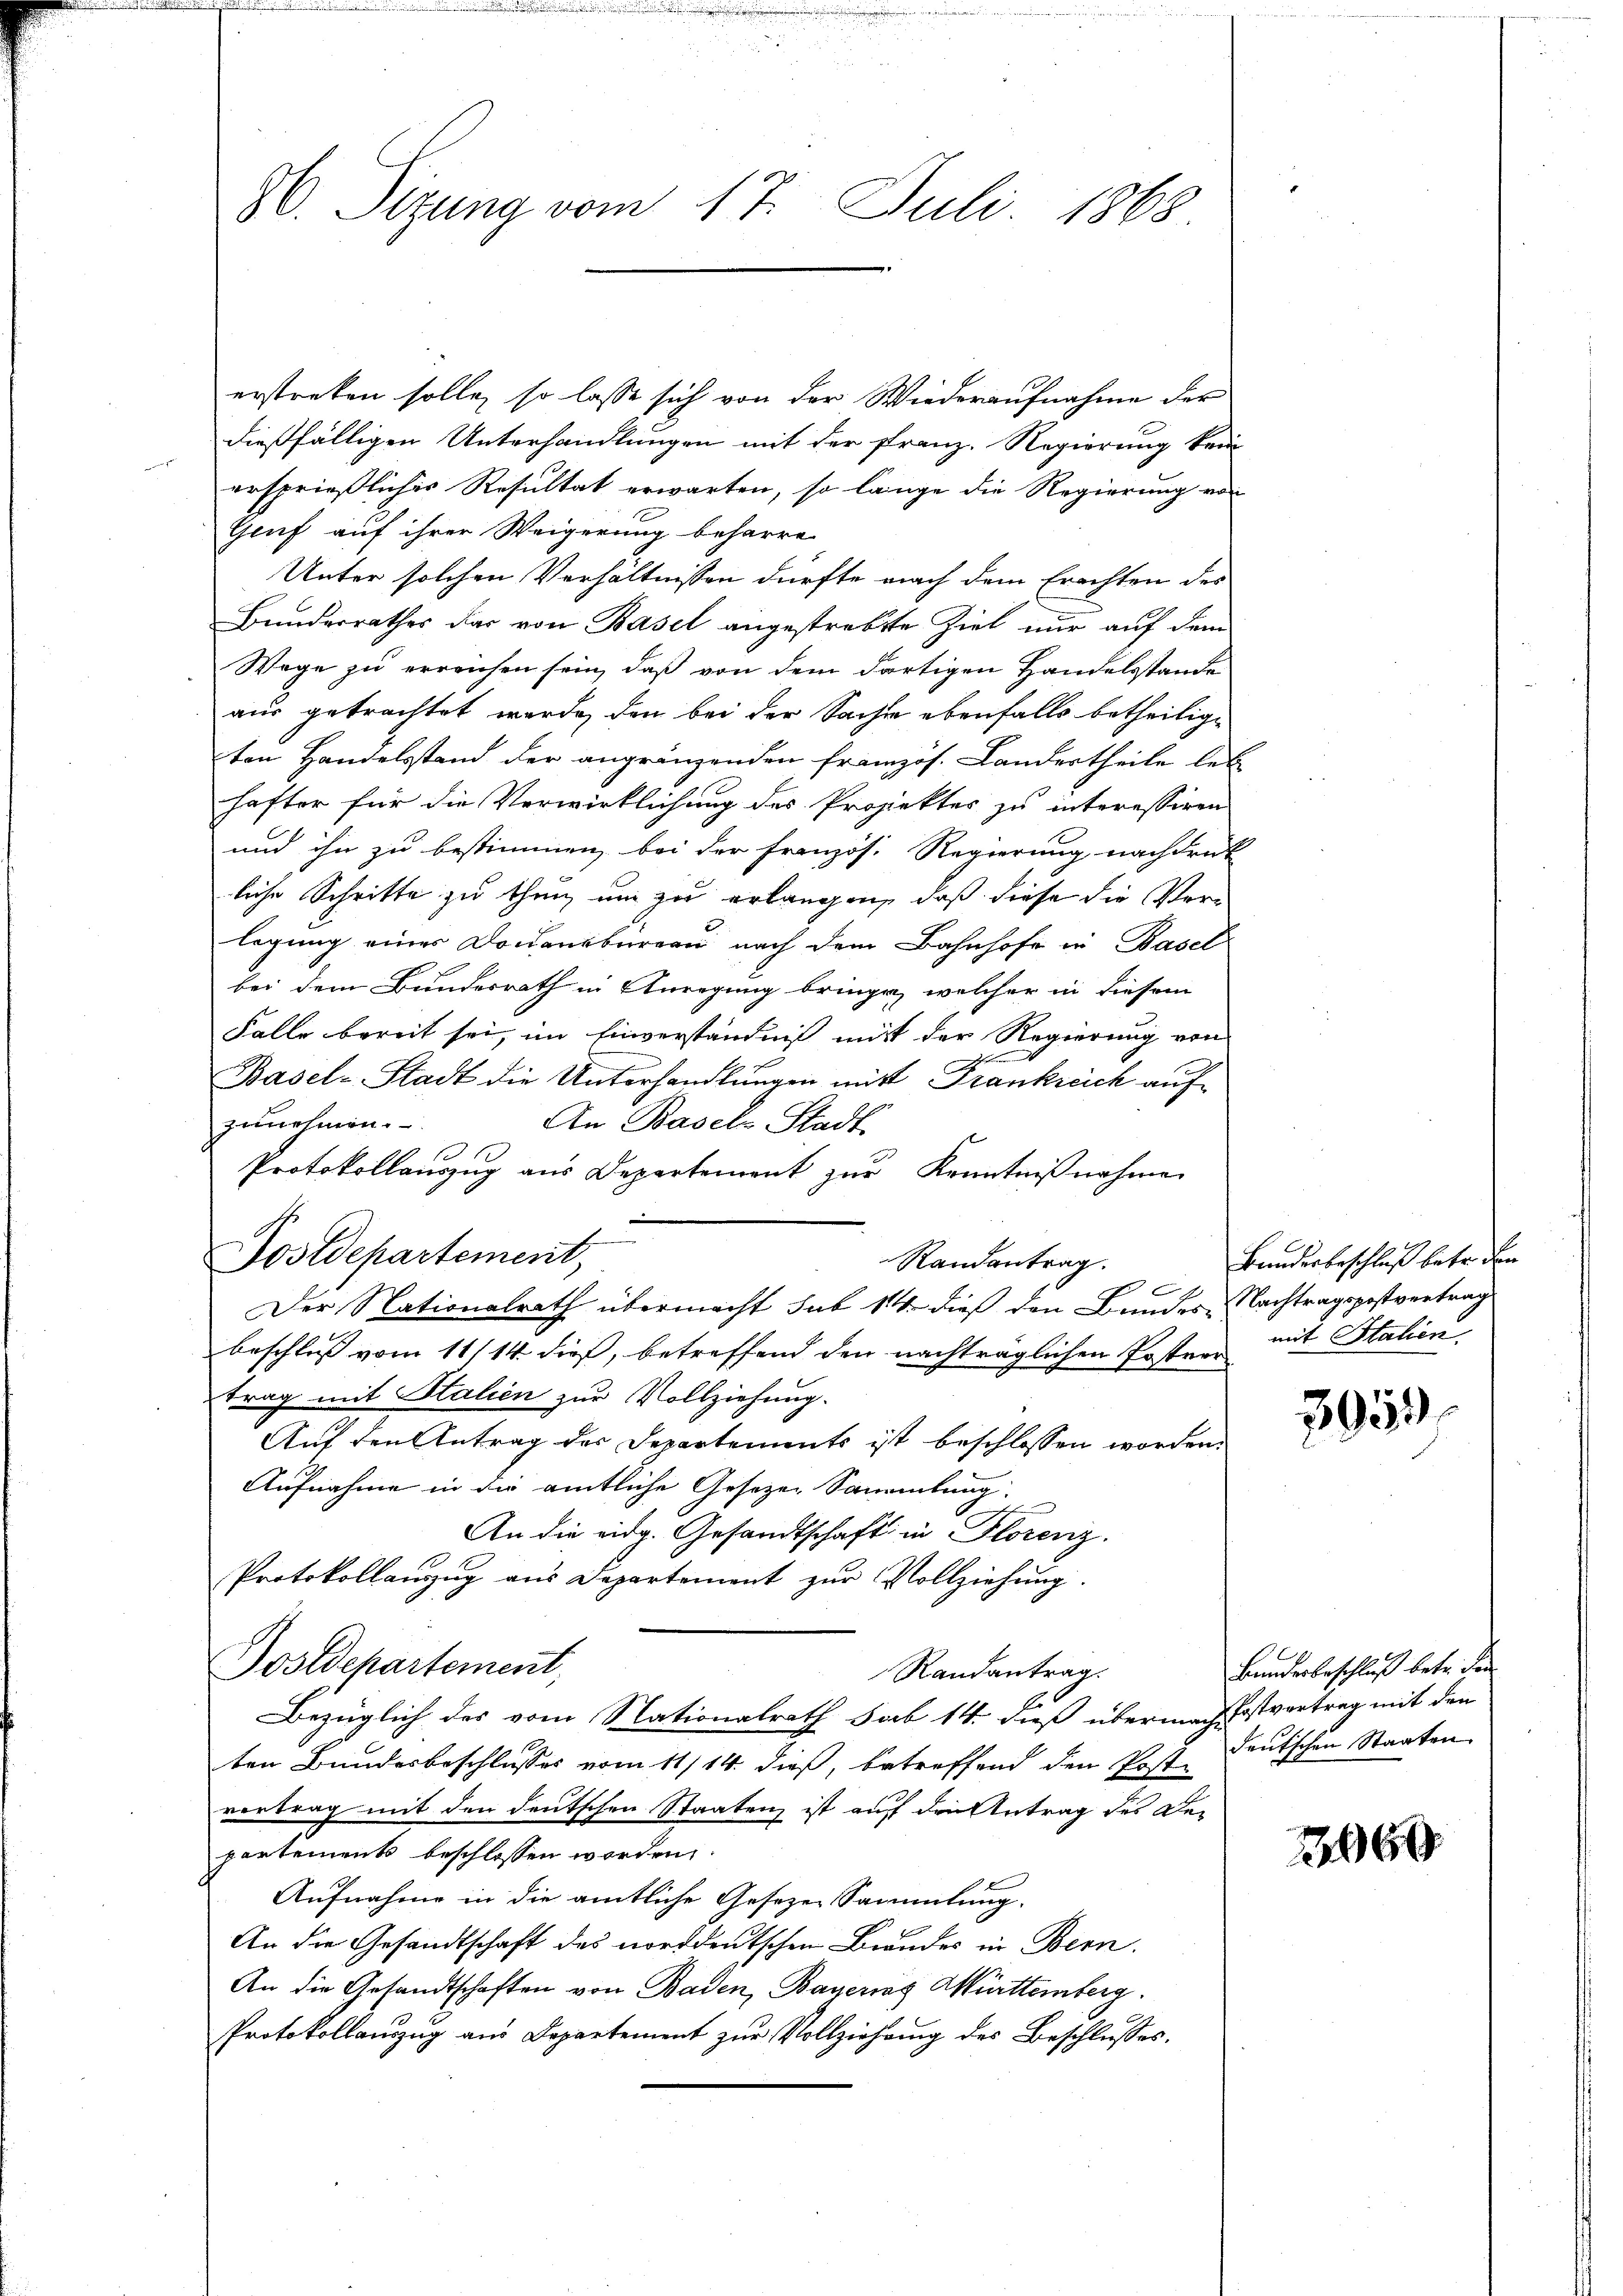
8. Sizung vom 17. Juli 1868.

erstreben solle, so lasse sich von der Wiederaufnahme der
dießfälligen Unterhandlungen mit der Franz. Regierung kein
ersprießliches Resultat erwarten, so lange die Regierung von
Gruf auf ihrer Weigerung beharre
Unter solchen Verhältnissen dürfte nach dem Erachten des
Bunderrathes dar von Basel angestrebte Ziel nur auf dem
Wege zu erreichen sein, daß von dem dortigen Handelsstande
aus getrachtet werde, den bei der Sache ebenfalls betheiligten Handelsstand der angränzenden französ. Landertheile letz
hafter für die Verwirklichung des Projektes zu interessiren
und ihn zu bestimmen, bei der Französ. Regierung nachdruk
liche Schritte zu thun, um zu erlangen, daß diese die Verlegung eines Docensbureau nach dem Bahnhofe in Basel
bei dem Bundesrath in Anregung bringen, welcher in diesem
Falle bereit sei, im Einverständniß mit der Regierung von
Basel-Stadt die Unterhandlungen mitt Frankreich auf
zunehmen.
An Basel-Stadt-
Protokollauszug aus Departement zur Kenntnißnahme
Postdepartement,
Randantrag.
4
Der Nationalrath übermacht sub 14. dieß den Bundes Nachtragspostvertrags
beschluß vom 11/14. dieß, betreffend den nachträglichen Postvor
trag mit Stalien zur Vollziehung.
Auf den Antrag des Departements ist beschlossen worden.
Aufnahme in die amtliche Gesetzen Sammlung.
An die eidg. Gesandtschaft in Florenz.
Protokollanzug aus Departement zur Vollziehung.
Postdepartement,
Randantrag.
Bezüglich des vom Nationalrath Sab 14. dieß übernach ist vertrag mit den
ten Bundesbeschlusses vom 11/14. dieß, betreffend den Post deutschen Staaten
vertrag mit den deutschen Staaten ist auf den Antrag des Departements beschlossen worden
Aufnahme in die amtliche Gesezen Sammlung.
An die Gesandtschaft des norddeutschen Bundes in Bern.
An die Gesandtschaften von Baden, Bayering Württemberg.
Protokollanzŭg an Departement zŭr Vollziehung des Beschlŭsses.

Bundesbeschluß betr. den
mit Italien.

3951)

Bundesbeschluß betr. den

2060